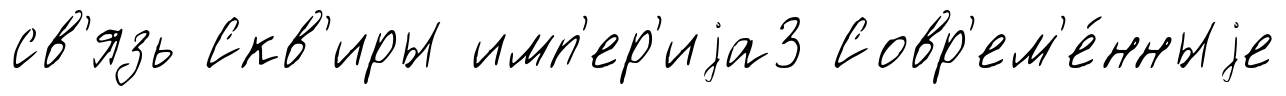
св'язь Скв'иры имп'ер'иjа3 Совр'ем'е́нныjе